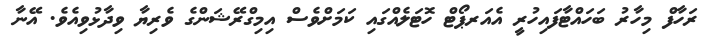
ރަހާފް މިހާރު ބަހައްޓާފައިހުރީ އެއަރޕޯޓް ހޮޓަލެއްގައި ކަމަށްވެސް އިމިގްރޭޝަންގެ ވެރިޔާ ވިދާޅުވިއެވެ. އޭނާ